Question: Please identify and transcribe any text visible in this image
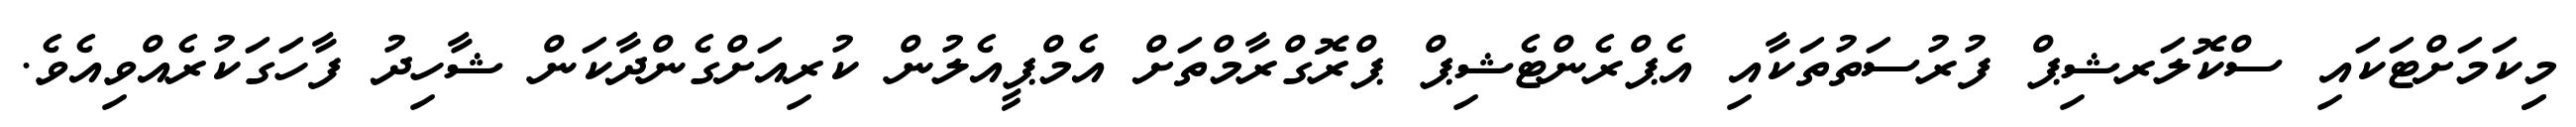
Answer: މިިކަމަށްޓަކައި ސްކޮލަރޝިޕް ފުރުސަތުތަކާއި އެޕްރެންޓެޝިޕް ޕްރޮގްރާމްތަށް އެމްޕީއެލުން ކުރިއަށްގެންދާކަން ޝާހިދު ފާހަގަކުރެއްވިއެވެ.